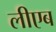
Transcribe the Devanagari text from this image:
लीएब